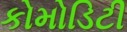
કોમોડિટી